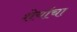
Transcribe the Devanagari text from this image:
शेर्याचा